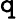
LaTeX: \boldsymbol{\mathtt{q}}